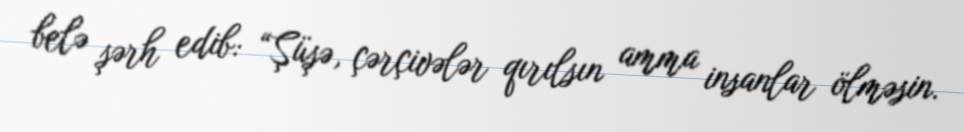
belə şərh edib: “Şüşə, çərçivələr qırılsın amma insanlar ölməsin.